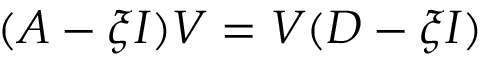
( A - \xi I ) V = V ( D - \xi I )